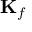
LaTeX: \mathbf { K } _ { f }